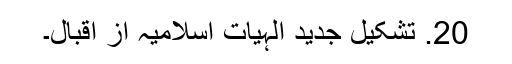
20. تشکیل جدید الہیات اسلامیہ از اقبال۔